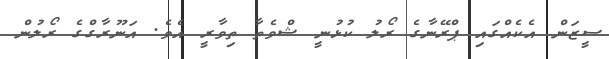
ސީޒަން އެކެއްގައި ޕްރޭނާގެ ރޯލު ކުޅުނީ ޝްވެތާ ތިވާރީ އެވެ. އަނޫރާގްގެ ރޯލުން